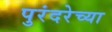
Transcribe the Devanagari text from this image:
पुरंदरेच्या